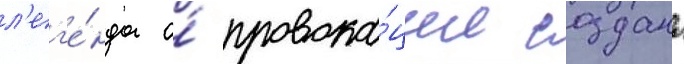
л'ег'е́нда о́ провока́ции создана